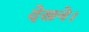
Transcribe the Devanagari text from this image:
देखने।